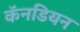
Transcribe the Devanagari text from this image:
कॅनडियन